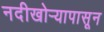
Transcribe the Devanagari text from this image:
नदीखोर्‍यापासून